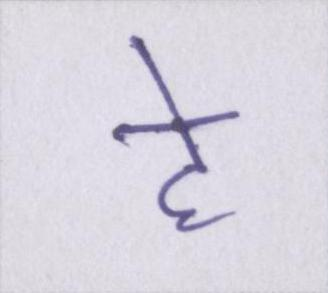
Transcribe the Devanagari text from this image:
हे